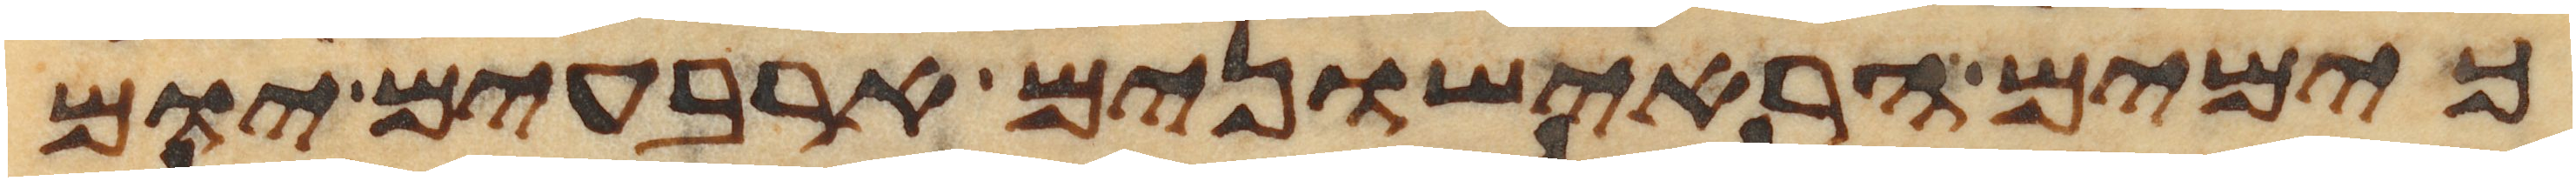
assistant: כימים הראישונים ארבעים יום